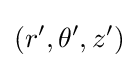
(r',\theta ',z')